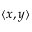
\langle x , y \rangle